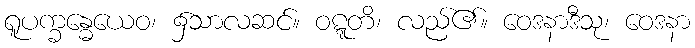
ရူပက္ခန္ဓေယေဝ၊ ၌သာလဆင်။ ဝဋ္ဋတိ၊ လည်၏။ ဝေဒနာဒီသု၊ ဝေဒနာ